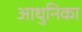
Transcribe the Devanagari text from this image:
आधुनिका